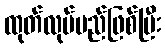
ထုတ်လုပ်မည်ဖြစ်ပြီး